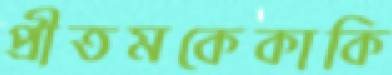
প্রীতমকেকাকি